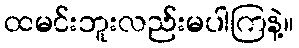
ထမင်းဘူးလည်းမပါကြနဲ့။